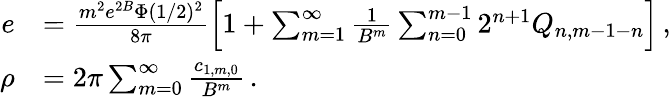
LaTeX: \begin{array}{rl}{e}&{=\frac{m^{2}e^{2B}\Phi(1/2)^{2}}{8\pi}\left[1+\sum_{m=1}^{\infty}\frac{1}{B^{m}}\sum_{n=0}^{m-1}2^{n+1}Q_{n,m-1-n}\right]\, ,}\\ {\rho}&{=2\pi\sum_{m=0}^{\infty}\frac{c_{1,m,0}}{B^{m}}\, .}\end{array}